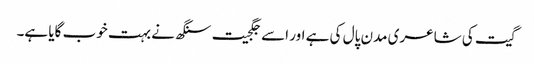
گیت کی شاعری مدن پال کی ہے اور اسے جگجیت سنگھ نے بہت خوب گایا ہے۔